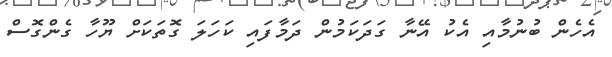
އެހެން ބުނުމާއި އެކު އޭނާ ގަދަކަމުން ދަމާފައި ކަހަލަ ގޮތަކަށް ޔޫހާ ގެންގޮސް